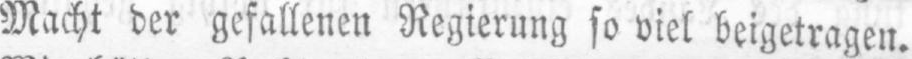
Macht der gefallenen Regierung so viel beigetragen.